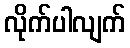
လိုက်ပါလျက်